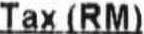
TAX (RM)